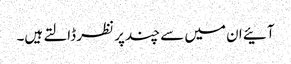
آئیے ان میں سے چند پر نظر ڈالتے ہیں۔